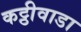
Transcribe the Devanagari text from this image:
कट्ठीवाडा